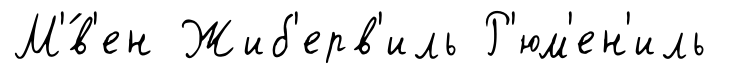
М'́в'ен Жиб'ерв'иль Р'юм'ен'иль